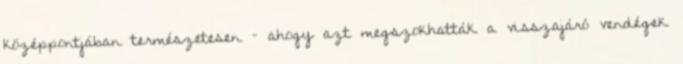
középpontjában természetesen – ahogy azt megszokhatták a visszajáró vendégek